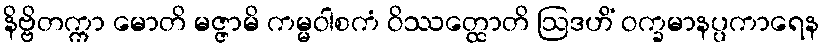
နိဗ္ဗိတက္ကာ မောတိ မဇ္ဇာမိ ကမ္မဝါစကံ ဝိဿတ္ထောတိ ဩဒဟိံ ဝက္ခမာနပ္ပကာရေန